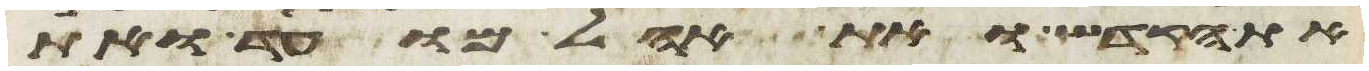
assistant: את הקדש ואת אהל מועד ואת